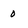
Character: 0